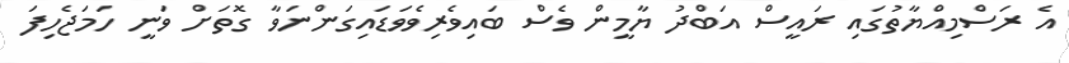
އެ ރަސްމިއްޔާތުގައި ރައީސް އަބްދު ޔާމީން ވެސް ބައިވެރިވެވަޑައިގަންނަވާ ގޮތަށް ވަނީ ހަމަޖެހިފަ